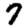
Digit: 7